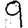
Digit: 9